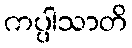
ကပ္ပါသာတိ